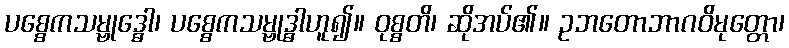
ပစ္စေကသမ္ဗုဒ္ဓေါ၊ ပစ္စေကသမ္ဗုဒ္ဓါဟူ၍။ ဝုစ္စတိ၊ ဆိုအပ်၏။ ဥဘတောဘာဂဝိမုတ္တော၊